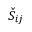
\check { S } _ { i j }